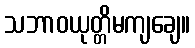
သဘာဝယုတ္တိမကျချေ။